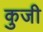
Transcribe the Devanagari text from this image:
कुजी